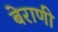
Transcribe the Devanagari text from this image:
बेराणी